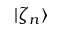
| \zeta _ { n } \rangle